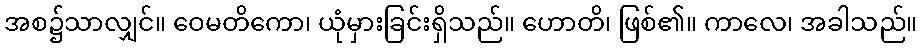
အစ၌သာလျှင်။ ဝေမတိကော၊ ယုံမှားခြင်းရှိသည်။ ဟောတိ၊ ဖြစ်၏။ ကာလေ၊ အခါသည်။